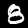
Digit: 8